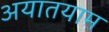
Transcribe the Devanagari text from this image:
अयातयाम